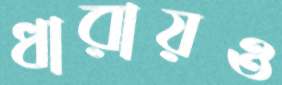
ধারায়ও